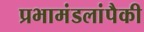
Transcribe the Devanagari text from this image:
प्रभामंडलांपैकी